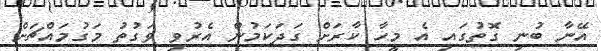
އޭނާ ބުނި ގޮތުގައި އެ މީހާ ކާރަށް ގަދަކަމުން އެރުވި ވަގުތު މަގުމައްޗަށް